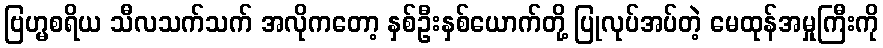
ဗြဟ္မစရိယ သီလသက်သက် အလိုကတော့ နှစ်ဦးနှစ်ယောက်တို့ ပြုလုပ်အပ်တဲ့ မေထုန်အမှုကြီးကို